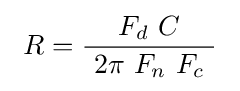
\ R={\frac {\ F_{d}\ C\ }{\ 2\pi \ F_{n}\ F_{c}\ }}\